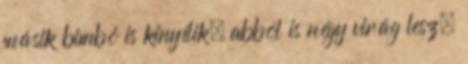
másik bimbó is kinyílik, abból is négy virág lesz.